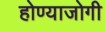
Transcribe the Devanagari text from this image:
होण्याजोगी